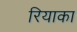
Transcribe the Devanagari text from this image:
रियाका